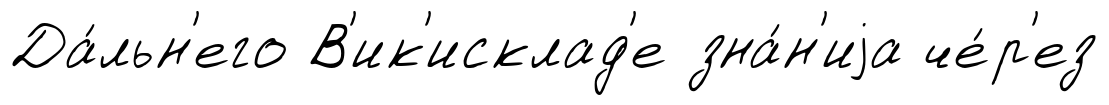
Да́льн'его В'ик'исклад'е зна́н'иjа че́р'ез